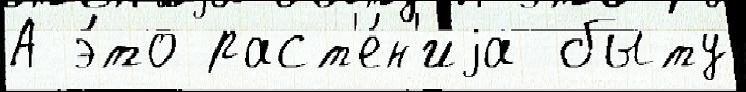
А э́то раст'е́н'иjа быту